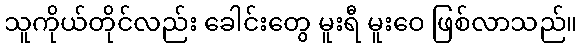
သူကိုယ်တိုင်လည်း ခေါင်းတွေ မူးရီ မူးဝေ ဖြစ်လာသည်။